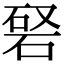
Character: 𥓆